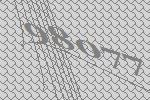
98077